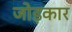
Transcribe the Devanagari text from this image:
जोड़कार